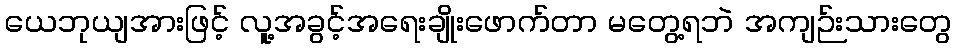
ယေဘုယျအားဖြင့် လူ့အခွင့်အရေးချိုးဖောက်တာ မတွေ့ရဘဲ အကျဉ်းသားတွေ